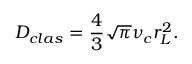
D _ { c l a s } = \frac { 4 } { 3 } \sqrt { \pi } \nu _ { c } r _ { L } ^ { 2 } .